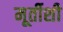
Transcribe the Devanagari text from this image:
मूर्तीशी